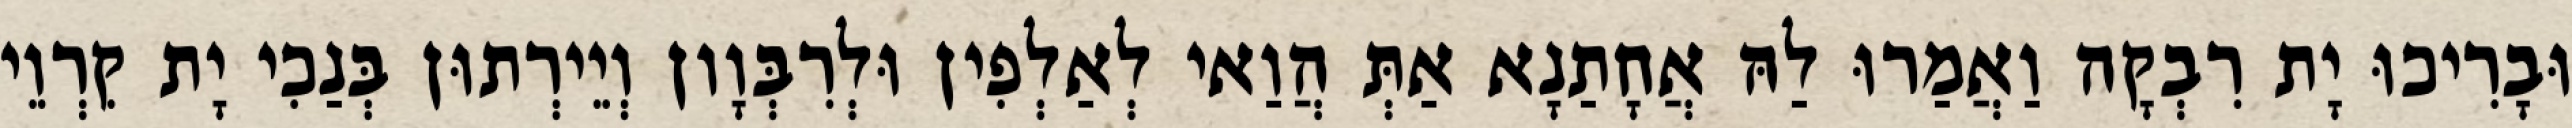
וּבָרִיכוּ יָת רִבְקָה וַאֲמַרוּ לַהּ אֲחָתַנָא אַתְּ הֲוַאי לְאַלְפִין וּלְרִבְּוָון וְיֵירְתוּן בְּנַכִי יָת קִרְוֵי